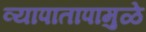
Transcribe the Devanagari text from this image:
व्यापातापामुळे